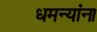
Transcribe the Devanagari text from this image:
धमन्यांना